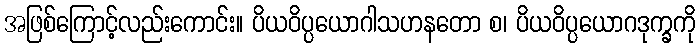
အဖြစ်ကြောင့်လည်းကောင်း။ ပိယဝိပ္ပယောဂါသဟနတော စ၊ ပိယဝိပ္ပယောဂဒုက္ခကို